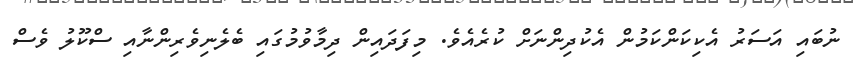
ނުބައި އަސަރު އެކިކަންކަމުން އެކުދިންނަށް ކުރެއެވެ. މިފަދައިން ދިމާވުމުގައި ބެލެނިވެރިންނާއި ސްކޫލު ވެސް